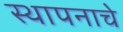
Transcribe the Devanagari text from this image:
स्थापनाचे